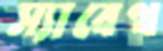
স্যাবেথ